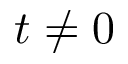
t \neq 0